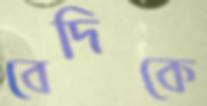
বেদিকে